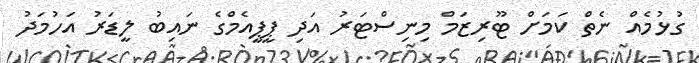
ގުޅުމެއް ނެތް ކަމަށް ޓޫރިޒަމް މިނިސްޓަރު އަދި ޕީޕީއެމްގެ ނައިބު ލީޑަރު އަހުމަދު